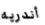
أندريه